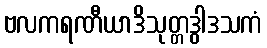
ဗလကရဏီယာဒိသုတ္တဒွါဒသကံ